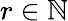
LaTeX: r\in\mathbb{N}